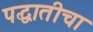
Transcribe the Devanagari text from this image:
पद्धातीचा